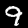
Digit: 9